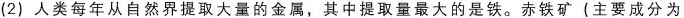
(2)人类每年从自然界提取大量的金属，其中提取量最大的是铁。赤铁矿(主要成分为